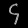
Digit: ၄